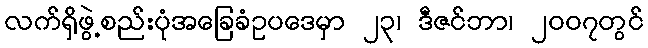
လက်ရှိဖွဲ့စည်းပုံအခြေခံဥပဒေမှာ ၂၃၊ ဒီဇင်ဘာ၊ ၂၀၀၇တွင်